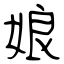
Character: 娘